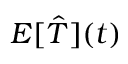
E [ \hat { T } ] ( t )